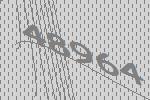
48964